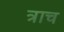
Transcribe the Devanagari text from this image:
त्राच